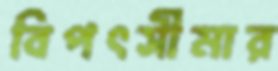
বিপৎসীমার